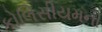
કોલિસીયમની